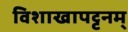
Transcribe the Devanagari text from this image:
विशाखापट्टनम्